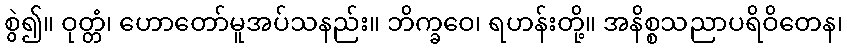
စွဲ၍။ ဝုတ္တံ၊ ဟောတော်မူအပ်သနည်း။ ဘိက္ခဝေ၊ ရဟန်းတို့။ အနိစ္စသညာပရိဝိတေန၊